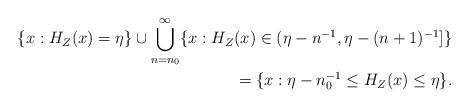
LaTeX: \begin{align*}\{x:H_{Z}(x)=\eta\}\cup\bigcup_{n=n_0}^\infty\{x:H_{Z}(x)\in(\eta-n^{-1},\eta-(n+1)^{-1}]\}\\=\{x:\eta-n_0^{-1}\leq H_{Z}(x)\leq\eta\}.\end{align*}